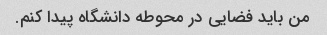
من باید فضایی در محوطه دانشگاه پیدا کنم.